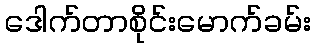
ဒေါက်တာစိုင်းမောက်ခမ်း